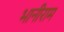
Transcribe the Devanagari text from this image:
भानीराम